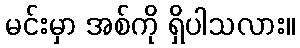
မင်းမှာ အစ်ကို ရှိပါသလား။